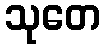
သုတေ